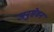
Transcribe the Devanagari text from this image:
अनुसेवन